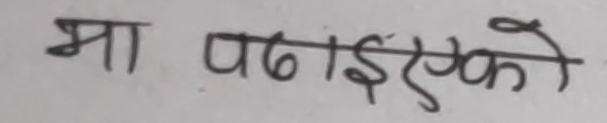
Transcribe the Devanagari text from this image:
मा पठाईएको